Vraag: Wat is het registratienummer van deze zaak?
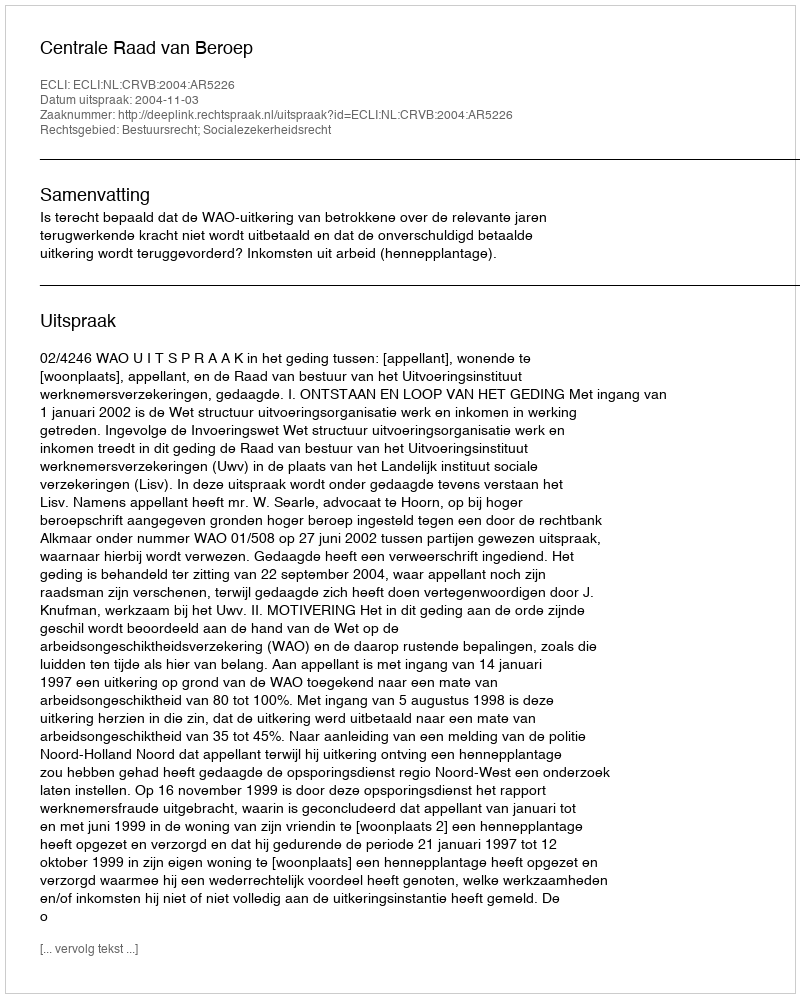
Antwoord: http://deeplink.rechtspraak.nl/uitspraak?id=ECLI:NL:CRVB:2004:AR5226